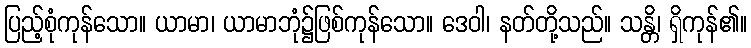
ပြည့်စုံကုန်သော။ ယာမာ၊ ယာမာဘုံ၌ဖြစ်ကုန်သော။ ဒေဝါ၊ နတ်တို့သည်။ သန္တိ၊ ရှိကုန်၏။